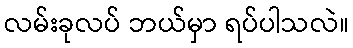
လမ်းခုလပ် ဘယ်မှာ ရပ်ပါသလဲ။